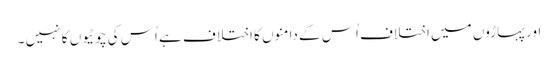
اور پہاڑوں میں اختلاف اُس کے دامنوں کا اختلا ف ہے اُس کی چوٹیوں کا نہیں ۔